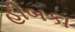
હીબકા